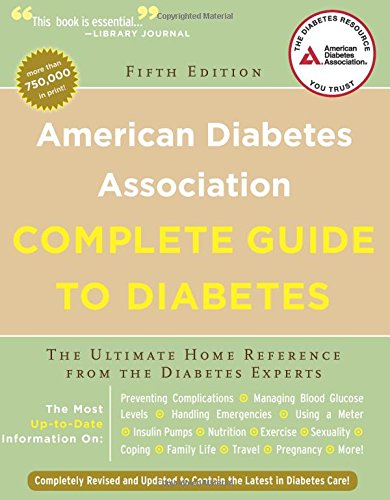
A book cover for American Diabetes Association Complete Guide to Diabetes: The Ultimate Home Reference from the Diabetes Experts (American Diabetes Association Comlete Guide to Diabetes); American Diabetes Association; Health, Fitness & Dieting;